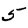
Digit: 5